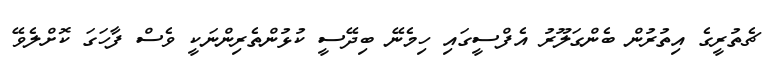
ޗެތުރީގެ އިތުރުން ބެންގަލޫރު އެފްސީގައި ހިމެނޭ ބިދޭސީ ކުޅުންތެރިންނަކީ ވެސް ފާހަގަ ކޮށްލެވޭ